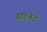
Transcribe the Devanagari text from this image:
वाल्नेट